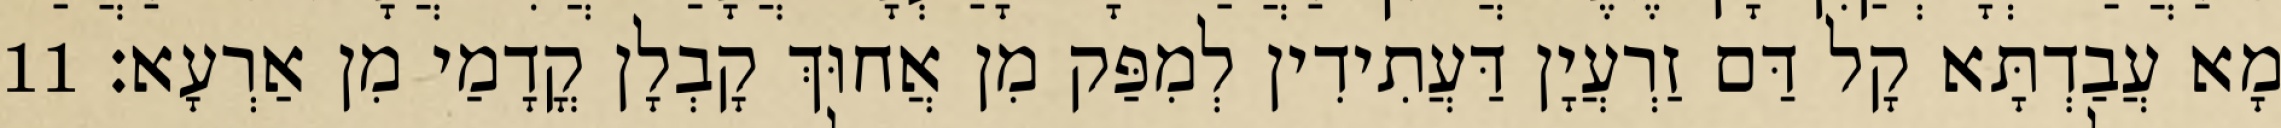
מָא עֲבַדְתָּא קָל דַּם זַרְעֲיָן דַּעֲתִידִין לְמִפַּק מִן אֲחוּךְ קָבְלָן קֳדָמַי מִן אַרְעָא׃ 11